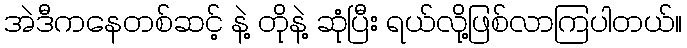
အဲဒီကနေတစ်ဆင့် နဲ့ တိုနဲ့ ဆုံပြီး ရယ်လို့ဖြစ်လာကြပါတယ်။